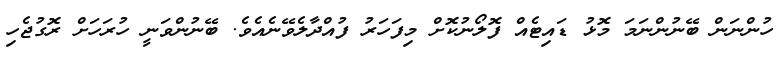
ހުންނަން ބޭނުންނަމަ މޮޅު ޑައިޓެއް ފޮލޯނުކޮށް މިފަހަރު ފުއްދާލެވޭނެއެވެ. ބޭނުންވަނީ ހުރަހަށް ރޮގުޖެހި